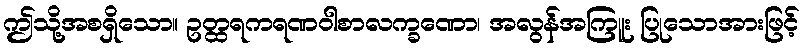
ဤသို့အစရှိသော။ ဥတ္ထရကရဏဝါစာလက္ခဏော၊ အလွန်အကြူး ပြုသောအားဖြင့်